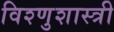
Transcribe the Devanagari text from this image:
विश्णुशास्त्री